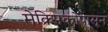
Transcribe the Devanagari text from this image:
मेक्सिकोपासून